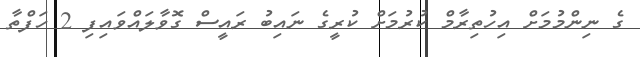
ގެ ނިންމުމަށް އިހުތިރާމް ކުރުމަށް ކުރީގެ ނައިބު ރައީސް ގޮވާލައްވައިފި 2 ހަފްތާ